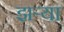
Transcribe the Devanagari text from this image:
झर्‍या